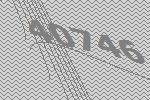
40746